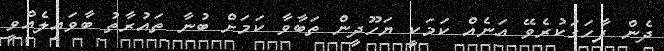
ދެން ފާހަގަކުރެވޭ އަނެއް ކަމަކީ ޔަހޫދީން ތަބާވާ ކަމަށް ބުނާ ތައުރާތު ބާވައިލެއްވީ